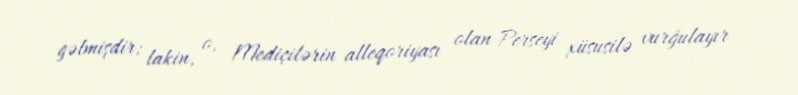
gəlmişdir; lakin, o, Mediçilərin alleqoriyası olan Perseyi xüsusilə vurğulayır